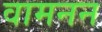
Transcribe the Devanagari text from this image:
वामनन